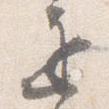
遅